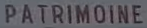
PATRIMOINE